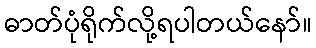
ဓာတ်ပုံရိုက်လို့ရပါတယ်နော်။